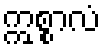
ဣစ္စာလံ